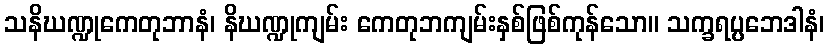
သနိဃဏ္ဍုကေတုဘာနံ၊ နိဃဏ္ဍုကျမ်း ကေတုဘကျမ်းနှစ်ဖြစ်ကုန်သော။ သက္ခရပ္ပဘေဒါနံ၊